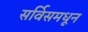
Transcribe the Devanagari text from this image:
सर्विसमधून